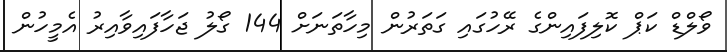
ވޯލްޑް ކަޕް ކޮލިފައިންގެ ރޭހުގައި ގަތަރުން މިހާތަނަށް 144 ގޯލު ޖަހާފައިވާއިރު އެމީހުން